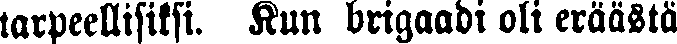
tarpeellisiksi. Kun brigaadi oli eräästä